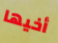
أخيها